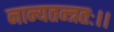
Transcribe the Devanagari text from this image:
नान्यतन्त्रतः।।